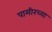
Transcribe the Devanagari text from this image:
पामीरच्या